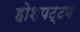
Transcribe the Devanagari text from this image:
होशपट्टण